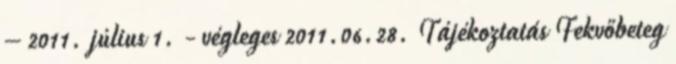
– 2011. július 1. - végleges 2011.06.28. Tájékoztatás Fekvőbeteg